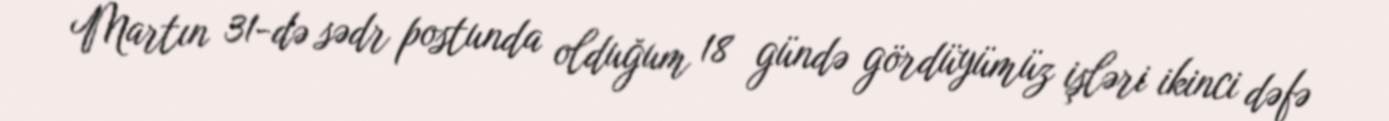
Martın 31-də sədr postunda olduğum 18 gündə gördüyümüz işləri ikinci dəfə